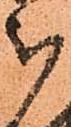
被